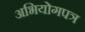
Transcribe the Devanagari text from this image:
अभियोगपत्र